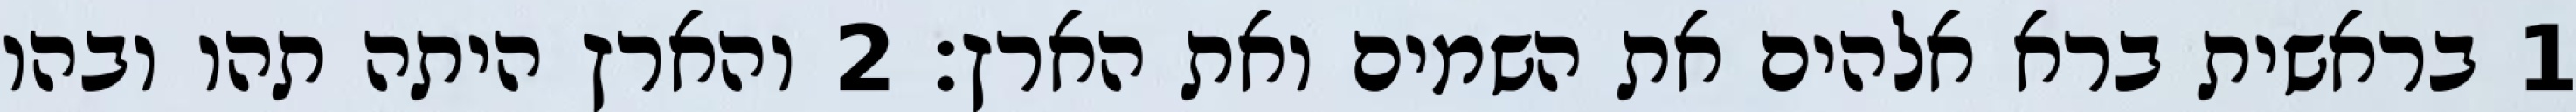
1 בראשית ברא אלהים את השמים ואת הארץ׃ ‎2‏ והארץ היתה תהו ובהו